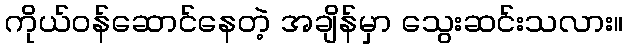
ကိုယ်ဝန်ဆောင်နေတဲ့ အချိန်မှာ သွေးဆင်းသလား။